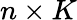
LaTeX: n\times K